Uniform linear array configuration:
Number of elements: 4
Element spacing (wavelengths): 0.25
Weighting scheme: binomial
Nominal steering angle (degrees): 0
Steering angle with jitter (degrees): -1.665
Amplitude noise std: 0.05
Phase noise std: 0.05

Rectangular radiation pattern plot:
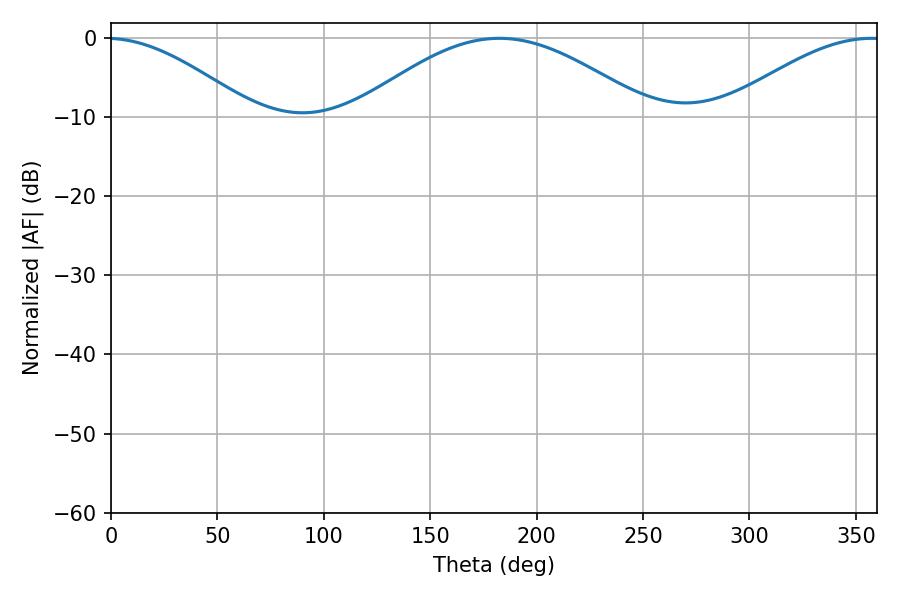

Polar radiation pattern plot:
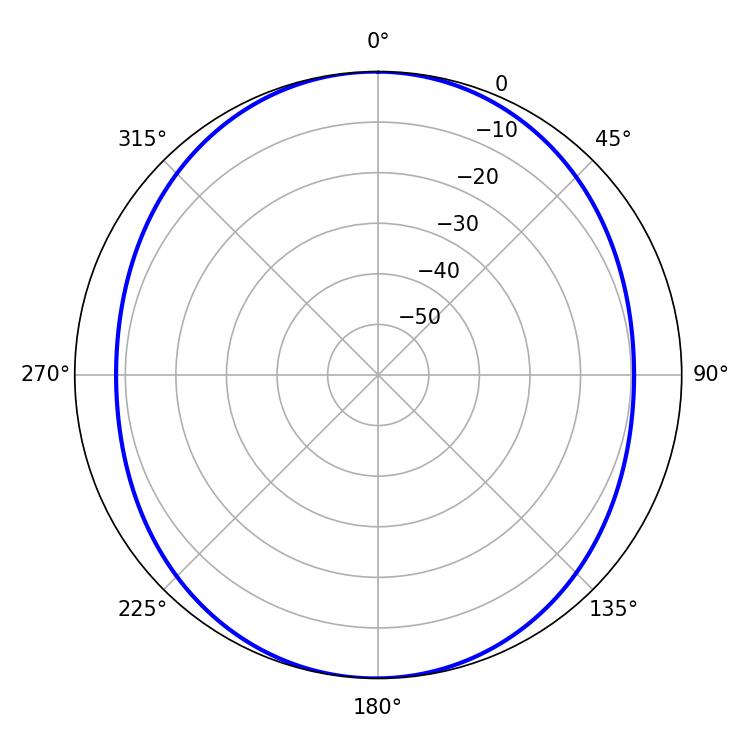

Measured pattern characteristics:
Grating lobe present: FALSE
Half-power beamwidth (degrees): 74.52
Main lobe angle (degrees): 182.52